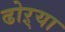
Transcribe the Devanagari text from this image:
ढोऱ्या